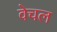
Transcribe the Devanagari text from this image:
वेचल